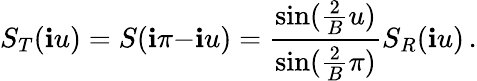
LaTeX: S_{T}(\mathbf{i}u)=S(\mathbf{i}\pi{-}\mathbf{i}u)=\frac{{\sin(\frac{{2}}{{B}}u)}}{{\sin(\frac{{2}}{{B}}\pi)}}S_{R}(\mathbf{i}u)\, .